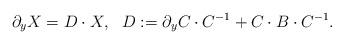
LaTeX: \begin{align*}\partial_yX=D\cdot X,\ \ D:=\partial_y C\cdot C^{-1}+C\cdot B\cdot C^{-1}. \end{align*}